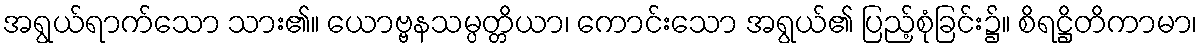
အရွယ်ရာက်သော သား၏။ ယောဗ္ဗနသမ္ပတ္တိယာ၊ ကောင်းသော အရွယ်၏ ပြည့်စုံခြင်း၌။ စိရဋ္ဌိတိကာမာ၊